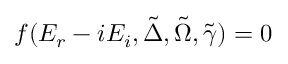
f ( E _ { r } - i E _ { i } , \tilde { \Delta } , \tilde { \Omega } , \tilde { \gamma } ) = 0